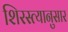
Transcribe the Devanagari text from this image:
शिरस्त्यानुसार